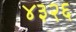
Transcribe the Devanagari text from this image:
४३२६